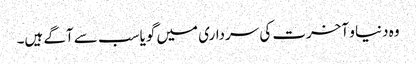
وہ دنیا و آخرت کی سرداری میں گویا سب سے آگے ہیں۔